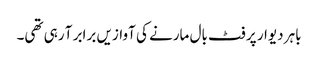
باہر دیوار پر فٹ بال مارنے کی آوازیں برابر آ رہی تھی۔